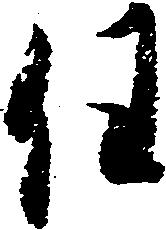
任